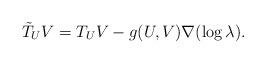
LaTeX: \begin{align*}\tilde{T}_U V = T_U V - g(U, V) \nabla ( \log \lambda).\end{align*}